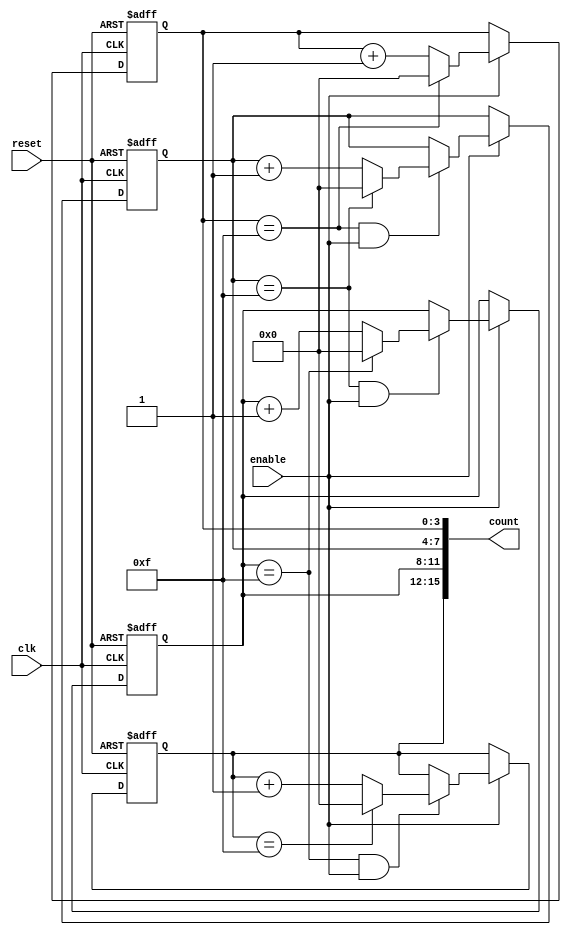
module cascaded_counter #(
    parameter NUM_BLOCKS = 4, // Number of cascaded blocks
    parameter BLOCK_SIZE = 4   // Size of each block in bits
)(
    input wire clk,            // Clock input
    input wire reset,          // Asynchronous reset
    input wire enable,         // Enable signal
    output reg [(NUM_BLOCKS * BLOCK_SIZE) - 1:0] count // Current count output
);

    // Internal carry signal for cascading
    wire [NUM_BLOCKS:0] carry; // Carry signal for each block

    // Generate memory blocks
    genvar i;
    generate
        for (i = 0; i < NUM_BLOCKS; i = i + 1) begin : memory_blocks
            reg [BLOCK_SIZE - 1:0] block_reg; // Register for each block

            // Asynchronous reset and counting logic
            always @(posedge clk or posedge reset) begin
                if (reset) begin
                    block_reg <= 0; // Reset block to zero
                end else if (enable) begin
                    if (carry[i]) begin
                        if (block_reg == {BLOCK_SIZE{1'b1}}) begin
                            block_reg <= 0; // Overflow, reset to zero
                        end else begin
                            block_reg <= block_reg + 1; // Increment block
                        end
                    end
                end
            end

            // Assign carry signal for the next block
            assign carry[i + 1] = (block_reg == {BLOCK_SIZE{1'b1}}) && enable;

            // Concatenate the output count
            always @(*) begin
                count[(i + 1) * BLOCK_SIZE - 1 -: BLOCK_SIZE] = block_reg;
            end
        end
    endgenerate

    // Initial carry for the least significant block
    assign carry[0] = 1'b1; // Start counting from the first block

endmodule